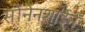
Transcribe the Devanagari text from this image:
सोंनेनशाईन